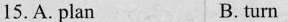
15. A. plan B. turn